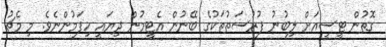
ގޮތުން ޓީސީއަށް ލިބުނު ފުރުސަތުތަކުގެ ބޭނުން އެޓީމުން ދިޔައީ ހިފަމުންނެވެ. މި މެޗު